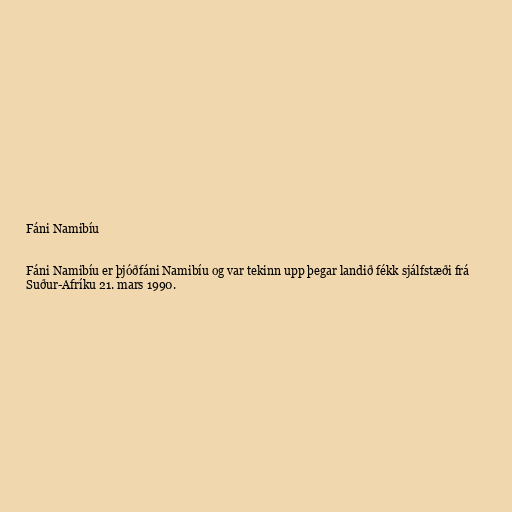
Fáni Namibíu

Fáni Namibíu er þjóðfáni Namibíu og var tekinn upp þegar landið fékk sjálfstæði frá
Suður-Afríku 21. mars 1990.